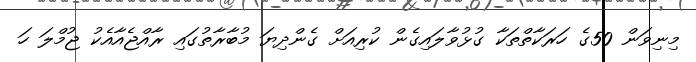
މިނިވަން 50ގެ ހަރަކާތްތަކާ ގުޅުވާލައިގެން ކުރިއަށް ގެންދިޔަ މުބާރާތުގައި ރާއްޖެއާއެކު ޖުމްލަ ހަ